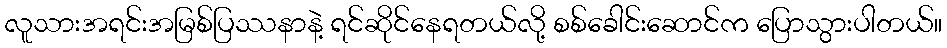
လူသားအရင်းအမြစ်ပြဿနာနဲ့ ရင်ဆိုင်နေရတယ်လို့ စစ်ခေါင်းဆောင်က ပြောသွားပါတယ်။